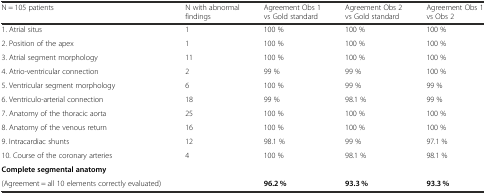
<table><thead><tr><td><b>N = 105 patients</b></td><td><b>N with abnormal findings</b></td><td><b>Agreement Obs 1 vs Gold standard</b></td><td><b>Agreement Obs 2 vs Gold standard</b></td><td><b>Agreement Obs 1 vs Obs 2</b></td></tr></thead><tbody><tr><td>1. Atrial situs</td><td>1</td><td>100 %</td><td>100 %</td><td>100 %</td></tr><tr><td>2. Position of the apex</td><td>1</td><td>100 %</td><td>100 %</td><td>100 %</td></tr><tr><td>3. Atrial segment morphology</td><td>11</td><td>100 %</td><td>100 %</td><td>100 %</td></tr><tr><td>4. Atrio-ventricular connection</td><td>2</td><td>99 %</td><td>99 %</td><td>100 %</td></tr><tr><td>5. Ventricular segment morphology</td><td>6</td><td>100 %</td><td>99 %</td><td>99 %</td></tr><tr><td>6. Ventriculo-arterial connection</td><td>18</td><td>99 %</td><td>98.1 %</td><td>99 %</td></tr><tr><td>7. Anatomy of the thoracic aorta</td><td>25</td><td>100 %</td><td>100 %</td><td>100 %</td></tr><tr><td>8. Anatomy of the venous return</td><td>16</td><td>100 %</td><td>100 %</td><td>100 %</td></tr><tr><td>9. Intracardiac shunts</td><td>12</td><td>98.1 %</td><td>99 %</td><td>97.1 %</td></tr><tr><td>10. Course of the coronary arteries</td><td>4</td><td>100 %</td><td>98.1 %</td><td>98.1 %</td></tr><tr><td colspan="5"><b>Complete segmental anatomy</b></td></tr><tr><td>(Agreement = all 10 elements correctly evaluated)</td><td></td><td><b>96.2 %</b></td><td><b>93.3 %</b></td><td><b>93.3 %</b></td></tr></tbody></table>